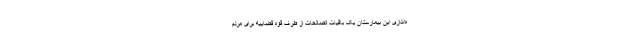
ه‌اندازی این بیمارستان یک باقیات الصالحات از طرف قوه قضاییه برای مردم